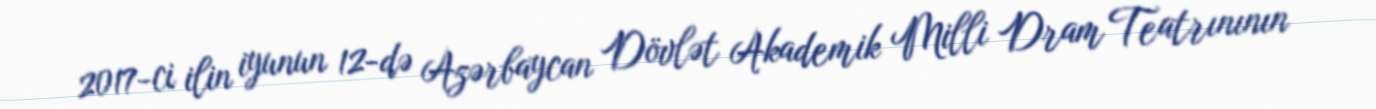
2017-ci ilin iyunun 12-də Azərbaycan Dövlət Akademik Milli Dram Teatrınının